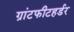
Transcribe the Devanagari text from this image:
ग्रांटफीटहर्डर